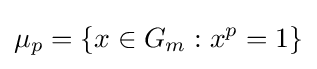
\mu _{p}=\{x\in G_{m}:x^{p}=1\}